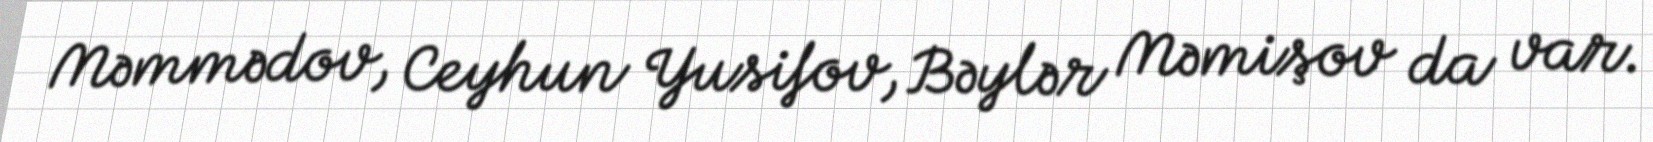
Məmmədov, Ceyhun Yusifov, Bəylər Məmişov da var.